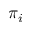
\pi _ { i }